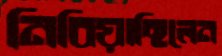
নিবিয়াছিলেন